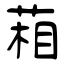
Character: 葙